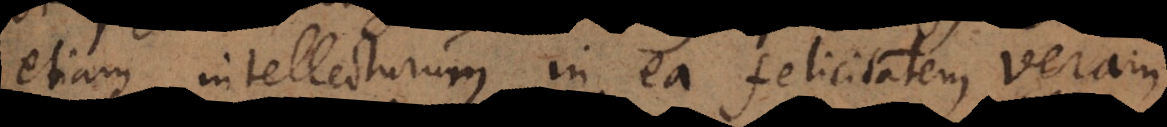
etiam intellecturum in ea felicitatem veram